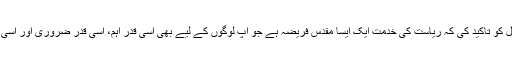
بجٹ پر تبصرہ کرتے ہوئے آپ نے ممبران کونسل کو تاکید کی کہ ریاست کی خدمت ایک ایسا مقدس فریضہ ہے جو آپ لوگوں کے لیے بھی اسی قدر اہم، اسی قدر ضروری اور اسی قدر واجب الاحترام ہے، جس قدر میرے لیے ہے۔